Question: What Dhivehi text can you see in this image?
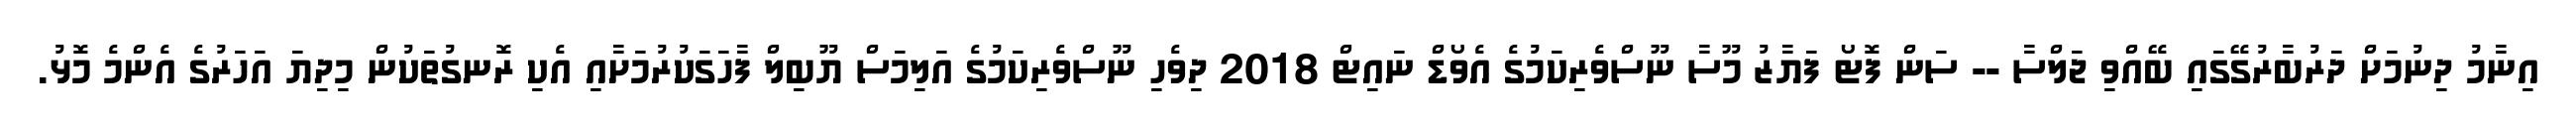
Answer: އިނާމު ދިނުމަށް ދަރުބާރުގޭގައި ބޭއްވި ޖަލްސާ -- ސަން ފޮޓޯ ފަޔާޒު މޫސާ ނޫސްވެރިކަމުގެ އެވޯޑް ނައިޓް 2018 ދިވެހި ނޫސްވެރިކަމުގެ އަލިމަސް ޔޫބިލް ފާހަގަކުރުމަށާއި އެކި ރޮނގުތަކުން މިދިޔަ އަހަރުގެ އެންމެ މޮޅު.